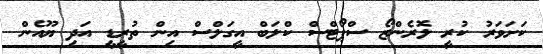
ކަށަވަރު ކުރީ ލޮރެންޒޯ ސްޕޯޓްސް ކްލަބް އީގަލްސް އިން ތުރީޑީ އަދި ޔޫއެން